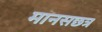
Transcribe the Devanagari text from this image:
मानसछत्र